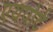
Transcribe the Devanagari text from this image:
एयपोर्ट